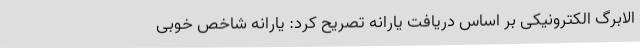
الابرگ الکترونیکی بر اساس دریافت یارانه تصریح کرد: یارانه شاخص خوبی